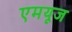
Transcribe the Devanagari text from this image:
एमयूज